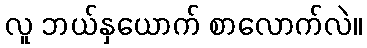
လူ ဘယ်နှယောက် စာလောက်လဲ။